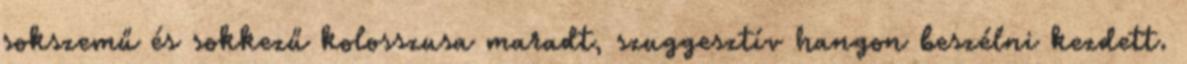
sokszemű és sokkezű kolosszusa maradt, szuggesztív hangon beszélni kezdett.